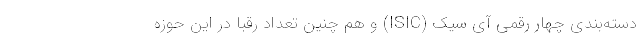
دسته‌بندی چهار رقمی آی سیک (ISIC) و هم چنین تعداد رقبا در این حوزه